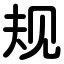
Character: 规